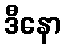
ဒီနော